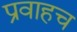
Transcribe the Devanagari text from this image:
प्रवाहच